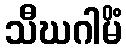
သီဃဂါမိံ